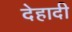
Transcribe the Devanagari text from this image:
देहादी